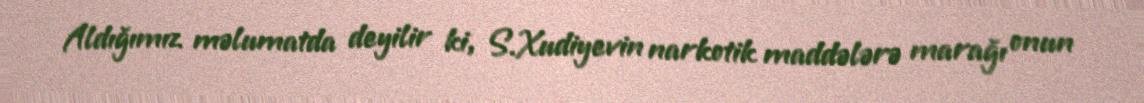
Aldığımız məlumatda deyilir ki, S.Xudiyevin narkotik maddələrə marağı onun